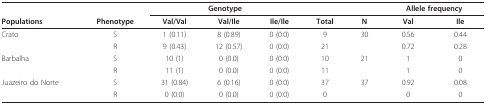
|  |  | <COLSPAN=3> Genotype |  |  | <COLSPAN=2> Allele frequency |
 | Populations | Phenotype | Val/Val | Val/Ile | Ile/Ile | Total | N | Val | Ile |
 | --- | --- | --- | --- | --- | --- | --- | --- | --- |
 | Crato | S | 1 (0.11) | 8 (0.89) | 0 (0.0) | 9 | 30 | 0.56 | 0.44 |
 |  | R | 9 (0.43) | 12 (0.57) | 0 (0.0) | 21 |  | 0.72 | 0.28 |
 | Barbalha | S | 10 (1) | 0 (0.0) | 0 (0.0) | 10 | 21 | 1 | 0 |
 |  | R | 11 (1) | 0 (0.0) | 0 (0.0) | 11 |  | 1 | 0 |
 | Juazeiro do Norte | S | 31 (0.84) | 6 (0.16) | 0 (0.0) | 37 | 37 | 0.92 | 0.08 |
 |  | R | 0 (0.0) | 0 (0.0) | 0 (0.0) | 0 |  | 0 | 0 |